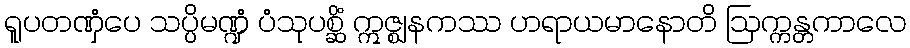
ရူပတဏှံပေ သပ္ပိမဏ္ဍံ ပံသုပစ္ဆိံ ဣဇ္ဈနကဿ ဟရာယမာနောတိ ဩက္ကန္တကာလေ